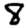
Digit: 8